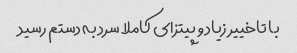
با تاخییر زیاد و پیتزای کاملا سرد به دستم رسید